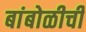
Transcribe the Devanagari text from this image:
बांबोळीची